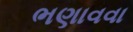
ભણાવવા